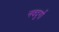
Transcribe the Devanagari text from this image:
नवदुर्गो